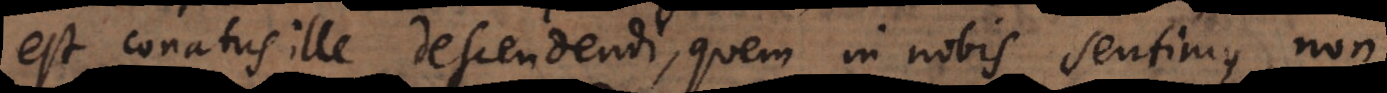
est conatus ille descendendi, quem in nobis sentimus, non